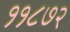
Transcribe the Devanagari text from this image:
११८७२